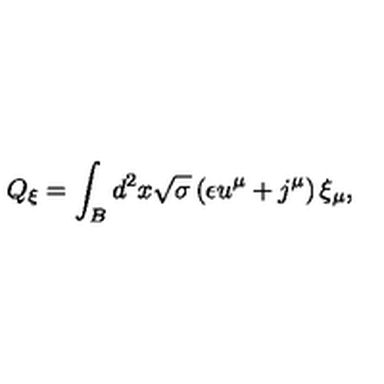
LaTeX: Q _ { \xi } = \int _ { B } d ^ { 2 } x \sqrt { \sigma } \left( \epsilon u ^ { \mu } + j ^ { \mu } \right) \xi _ { \mu } ,